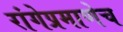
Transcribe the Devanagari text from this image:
रांगेप्रमाणेच